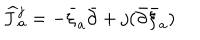
LaTeX: { \widehat J } { } _ { a } ^ { j } = - \bar { \xi } _ { a } { \bar { \partial } } + j ( { \bar { \partial } } { \bar { \xi } } _ { a } )